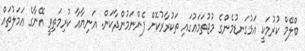
ބްލޭމް ކުރުމަކީ އަޅުގަނޑުމެންގެ މުޖުތަމަޢުގައި ތަކުރާރުކޮށް ފެންނަމުންދާކަން. އަނިޔާއާ ކުރިމަތިވީ އޭނާގެ ޢަމަލުތައް